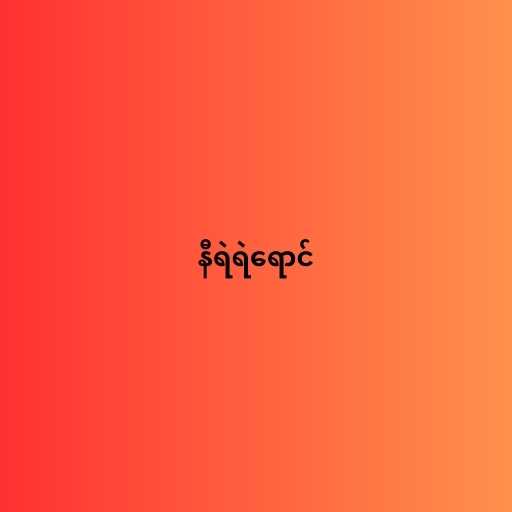
နီရဲရဲရောင်